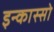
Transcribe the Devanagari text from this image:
इन्कास्सो